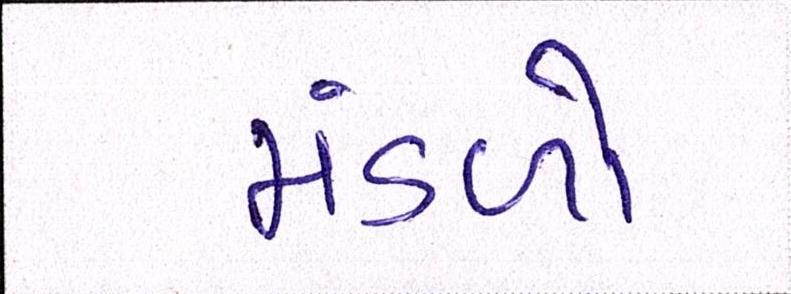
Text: મંડળો